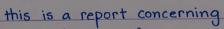
this is a report concerning